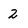
Character: 2